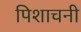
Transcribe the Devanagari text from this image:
पिशाचनी